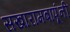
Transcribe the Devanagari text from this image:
सखारामबापूंनी